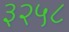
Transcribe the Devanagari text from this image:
३२५८